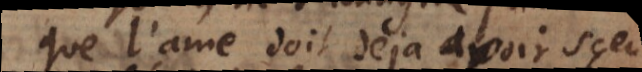
que l’ame doit déja avoir sçeu